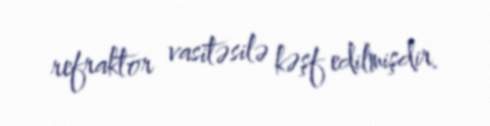
refraktor vasitəsilə kəşf edilmişdir.